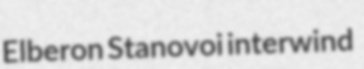
Elberon Stanovoi interwind